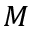
M